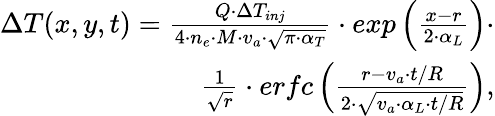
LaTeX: \begin{array}{r}{\Delta T(x,y,t)=\frac{Q\cdot\Delta T_{inj}}{4\cdot n_{e}\cdot M\cdot v_{a}\cdot\sqrt{\pi\cdot\alpha_{T}}}\cdot exp\left(\frac{x-r}{2\cdot\alpha_{L}}\right)\cdot}\\ {\frac{1}{\sqrt{r}}\cdot erfc\left(\frac{r-v_{a}\cdot t/R}{2\cdot\sqrt{v_{a}\cdot\alpha_{L}\cdot t/R}}\right),}\end{array}